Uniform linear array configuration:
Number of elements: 32
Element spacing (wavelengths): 0.25
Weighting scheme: cosine
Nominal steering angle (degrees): -45
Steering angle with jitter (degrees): -46.014
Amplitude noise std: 0.05
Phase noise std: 0.05

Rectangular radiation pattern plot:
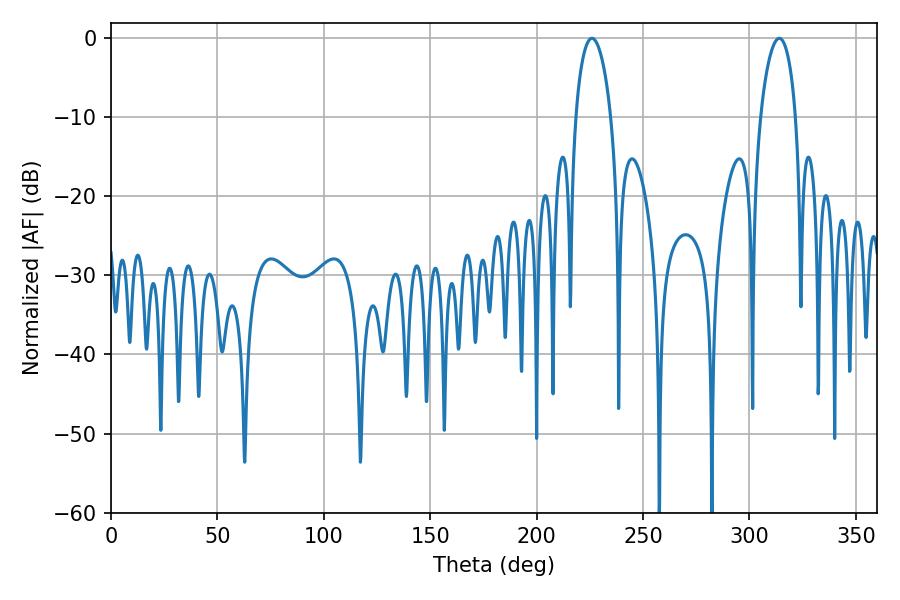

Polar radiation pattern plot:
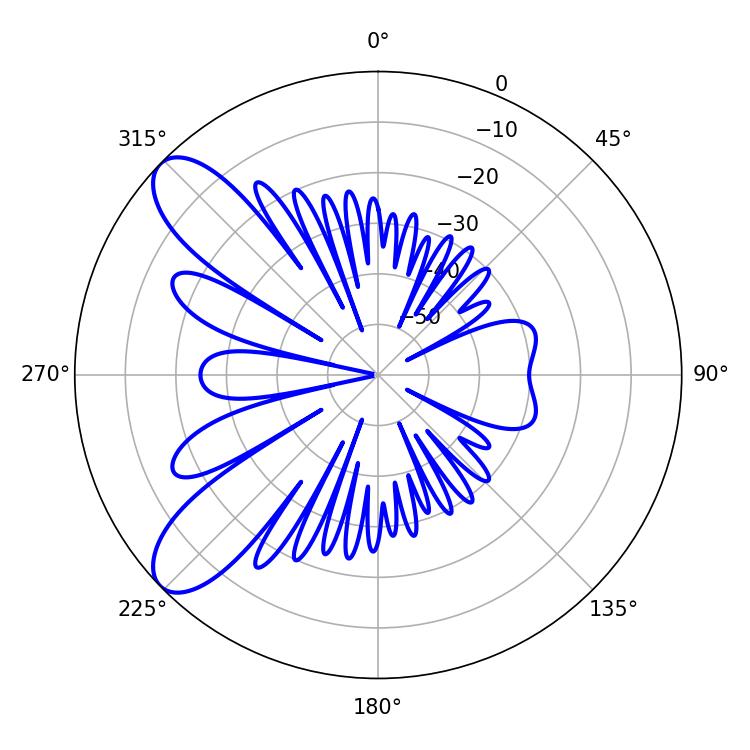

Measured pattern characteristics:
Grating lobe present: FALSE
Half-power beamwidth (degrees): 9.54
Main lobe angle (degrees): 225.9